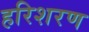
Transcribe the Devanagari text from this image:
हरिशरण